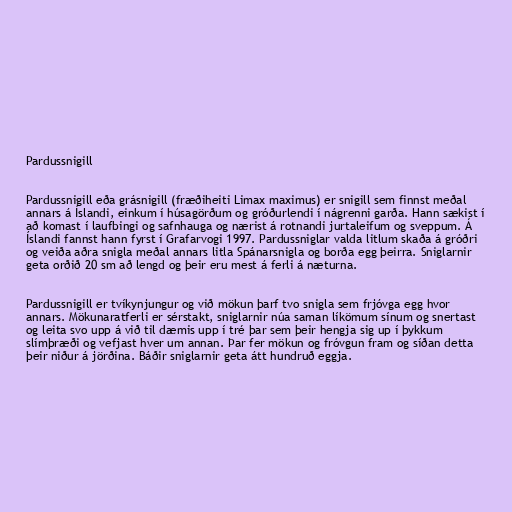
Pardussnigill

Pardussnigill eða grásnigill (fræðiheiti Limax maximus) er snigill sem finnst meðal
annars á Íslandi, einkum í húsagörðum og gróðurlendi í nágrenni garða. Hann sækist í
að komast í laufbingi og safnhauga og nærist á rotnandi jurtaleifum og sveppum. Á
Íslandi fannst hann fyrst í Grafarvogi 1997. Pardussniglar valda litlum skaða á gróðri
og veiða aðra snigla meðal annars litla Spánarsnigla og borða egg þeirra. Sniglarnir
geta orðið 20 sm að lengd og þeir eru mest á ferli á næturna.

Pardussnigill er tvíkynjungur og við mökun þarf tvo snigla sem frjóvga egg hvor
annars. Mökunaratferli er sérstakt, sniglarnir núa saman líkömum sínum og snertast
og leita svo upp á við til dæmis upp í tré þar sem þeir hengja sig up í þykkum
slímþræði og vefjast hver um annan. Þar fer mökun og fróvgun fram og síðan detta
þeir niður á jörðina. Báðir sniglarnir geta átt hundruð eggja.